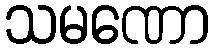
သမဏော